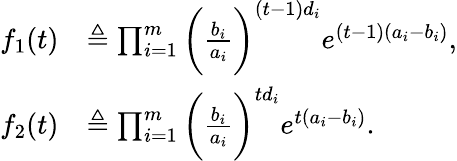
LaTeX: \begin{array}{rl}{f_{1}(t)}&{\triangleq\prod_{i=1}^{m}\bigg(\frac{b_{i}}{a_{i}}\bigg)^{(t-1)d_{i}}e^{(t-1)(a_{i}-b_{i})},}\\ {f_{2}(t)}&{\triangleq\prod_{i=1}^{m}\bigg(\frac{b_{i}}{a_{i}}\bigg)^{td_{i}}e^{t(a_{i}-b_{i})}.}\end{array}